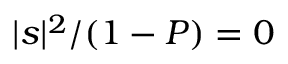
| s | ^ { 2 } / ( 1 - P ) = 0